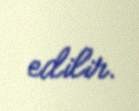
edilir.